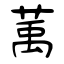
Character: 萭